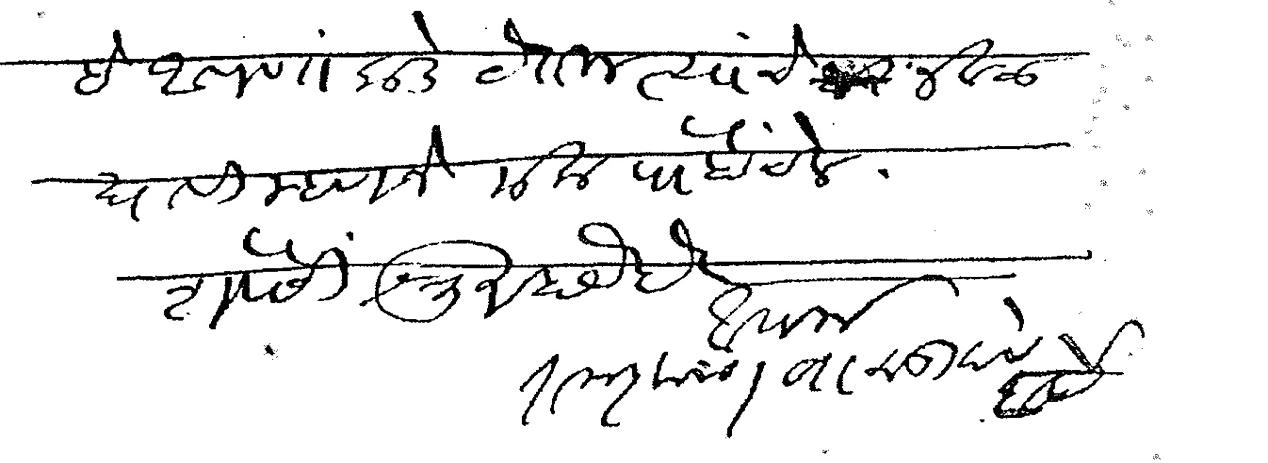
Transliteration (Devanagari): हे आपणाकडे येतील त्यांचेजवळ द्यावी म्हणजे मला पोहोचेल शेवेसी श्रुत होय हे आपला रामकृष्ण वासुदेव बर्वे